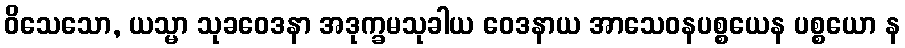
ဝိသေသော, ယသ္မာ သုခဝေဒနာ အဒုက္ခမသုခါယ ဝေဒနာယ အာသေဝနပစ္စယေန ပစ္စယော န